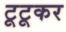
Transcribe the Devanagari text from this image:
टूटूकर